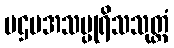
ပဌမအသပ္ပုရိသသုတ္တံ